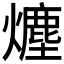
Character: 𤐷